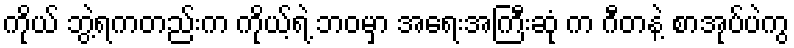
ကိုယ် ဘွဲ့ရကတည်းက ကိုယ့်ရဲ့ ဘဝမှာ အရေးအကြီးဆုံ က ဂီတနဲ့ စာအုပ်ပဲကွ